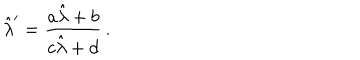
LaTeX: \hat { \lambda } ^ { \prime } = \frac { a \hat { \lambda } + b } { c \hat { \lambda } + d } \, .